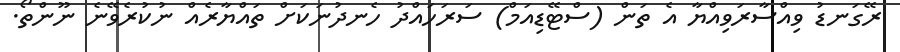
ރޭގަނޑު ވިއްސާރަވިއްޔާ އެ ތަން (ސްޓޭޑިއަމް) ސަރަހައްދު ހެނދުނަކަށް ތައްޔާރެއް ނުކުރެވޭނެ ނޫންތޯ.